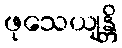
ဖုသေယျန္တိ